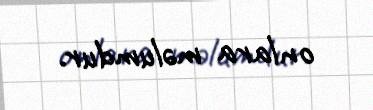
onlara məlumdur.